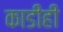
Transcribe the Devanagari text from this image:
काडीही